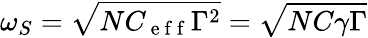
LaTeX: \omega_{S}=\sqrt{NC_{\mathrm{~e~f~f~}}\Gamma^{2}}=\sqrt{NC\gamma\Gamma}